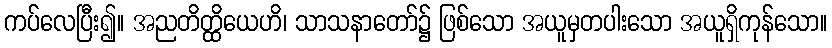
ကပ်လေပြီး၍။ အညတိတ္ထိယေဟိ၊ သာသနာတော်၌ ဖြစ်သော အယူမှတပါးသော အယူရှိကုန်သော။